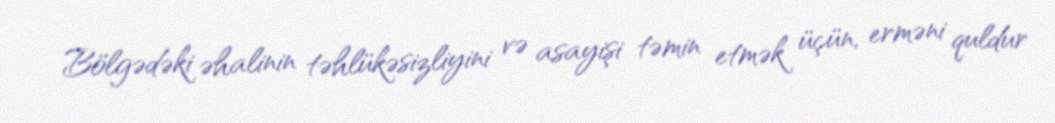
Bölgədəki əhalinin təhlükəsizliyini və asayişi təmin etmək üçün, erməni quldur